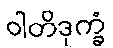
ဝါတိဒုက္ခံ